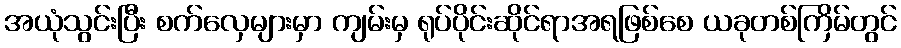
အယုံသွင်းပြီး စက်လှေများမှာ ကျမ်းမှ ရုပ်ပိုင်းဆိုင်ရာအရဖြစ်စေ ယခုတစ်ကြိမ်တွင်